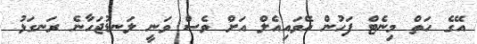
އޭގެ ހަތް މިނެޓް ފަހުން އޭވައިއެލް އަށް ވެސް ވަނީ ލަނޑުޖަހާނެ ރަނގަޅު